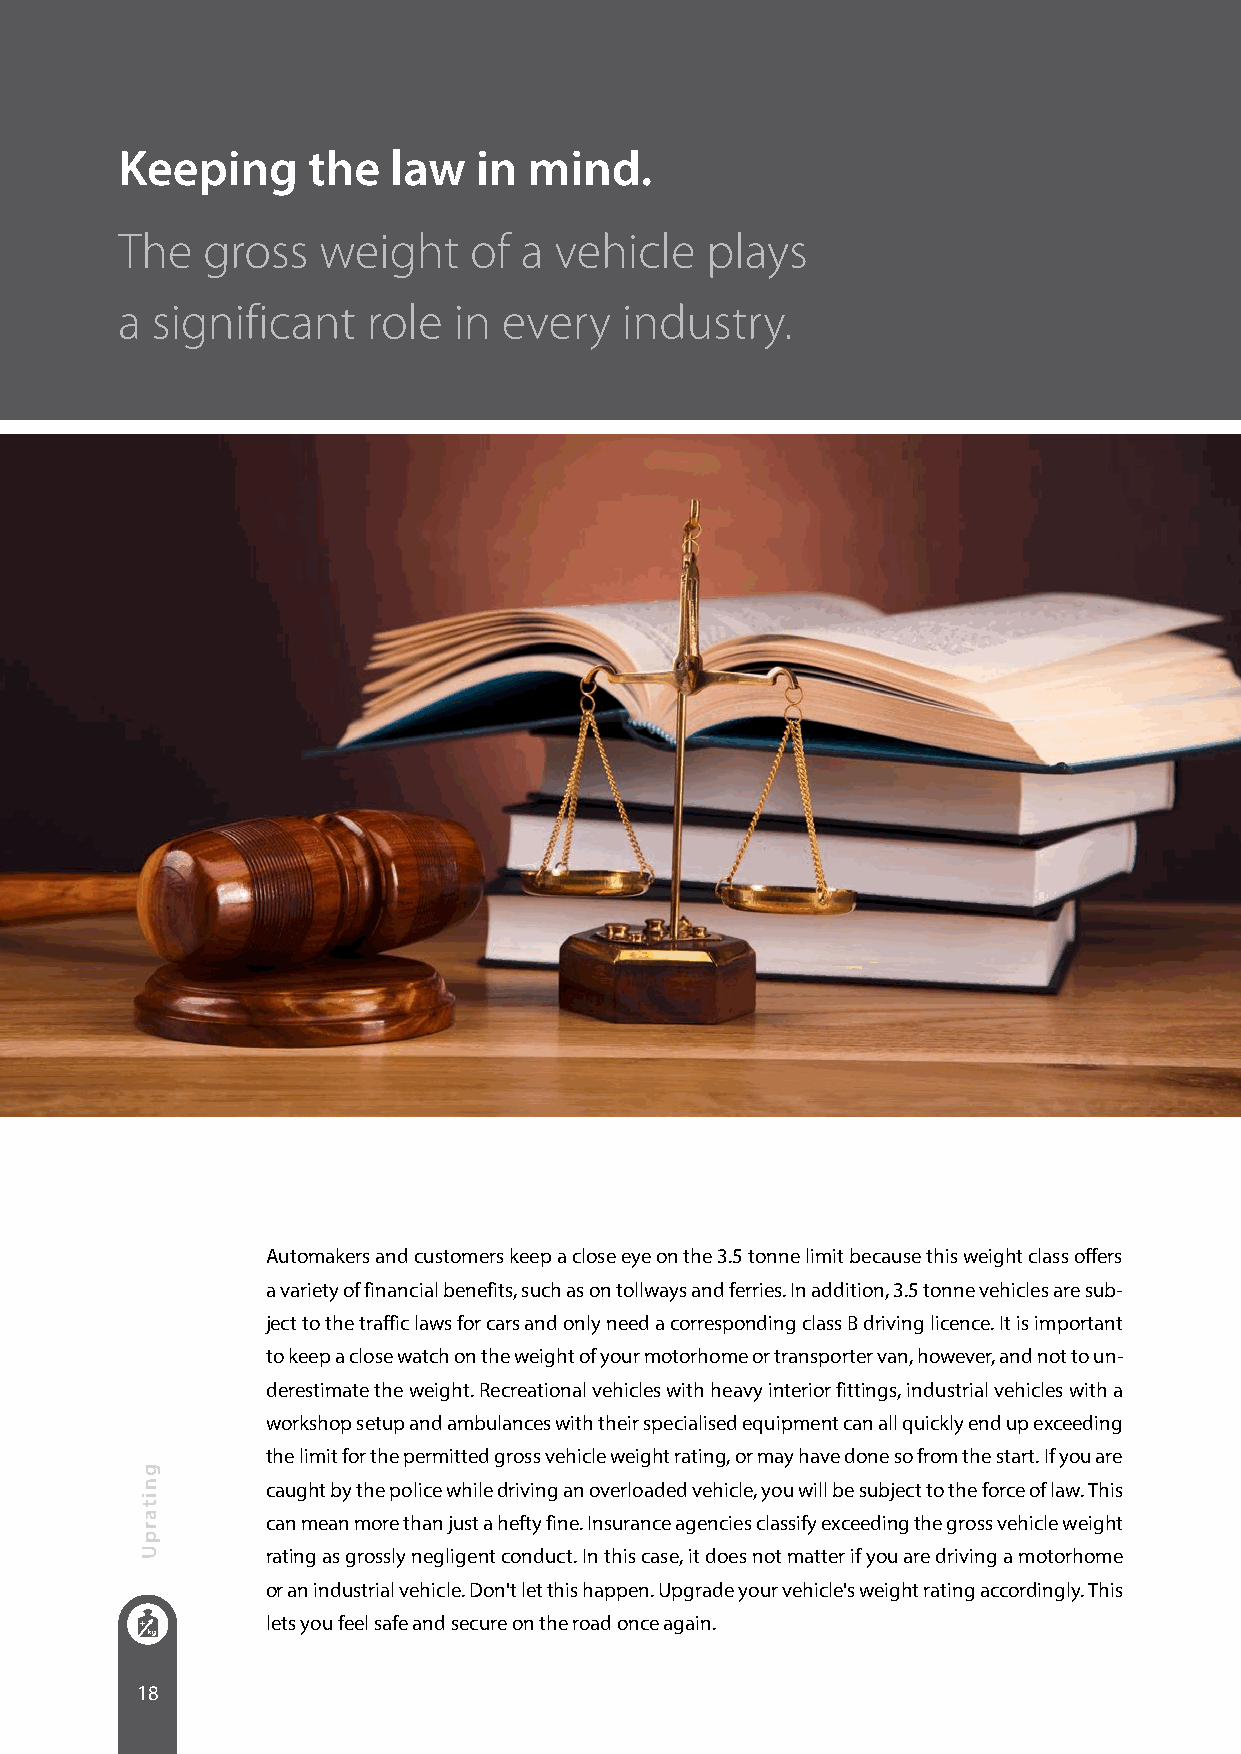
Keeping     the   law   in mind.
 The  gross   weight    of a  vehicle   plays
 a significant   role  in every   industry.
 Automakers and customers keep a close eye on the 3.5 tonne limit because this weight class offers
 a variety of financial benefits, such as on tollways and ferries. In addition, 3.5 tonne vehicles are sub-
 ject to the traffic laws for cars and only need a corresponding class B driving licence. It is important
 to keep a close watch on the weight of your motorhome or transporter van, however, and not to un-
 derestimate the weight. Recreational vehicles with heavy interior fittings, industrial vehicles with a
 workshop setup and ambulances with their specialised equipment can all quickly end up exceeding
 the limit for the permitted gross vehicle weight rating, or may have done so from the start. If you are
 caught by the police while driving an overloaded vehicle, you will be subject to the force of law. This
 can mean more than just a hefty fine. Insurance agencies classify exceeding the gross vehicle weight
 rating as grossly negligent conduct. In this case, it does not matter if you are driving a motorhome
 or an industrial vehicle. Don't let this happen. Upgrade your vehicle's weight rating accordingly. This
 lets you feel safe and secure on the road once again.
 18
 gnitarpU